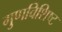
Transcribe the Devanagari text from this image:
गुणविशिष्ट